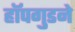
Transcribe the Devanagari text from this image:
हॉपगुडने